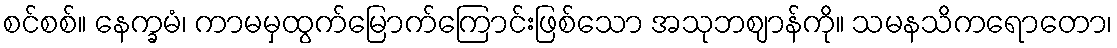
စင်စစ်။ နေက္ခမံ၊ ကာမမှထွက်မြောက်ကြောင်းဖြစ်သော အသုဘဈာန်ကို။ သမနသိကရောတော၊